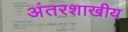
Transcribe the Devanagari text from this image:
अंतरशाखीय